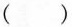
( )